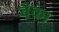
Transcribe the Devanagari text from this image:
बॅँका